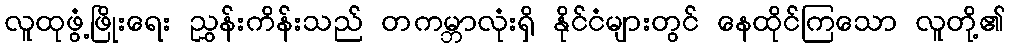
လူထုဖွံ့ဖြိုးရေး ညွှန်းကိန်းသည် တကမ္ဘာလုံးရှိ နိုင်ငံများတွင် နေထိုင်ကြသော လူတို့၏